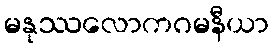
မနုဿလောကဂမနီယာ